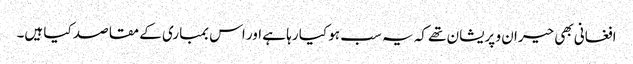
افغانی بھی حیران و پریشان تھے کہ یہ سب ہو کیا رہا ہے اور اس بمباری کے مقاصد کیا ہیں۔